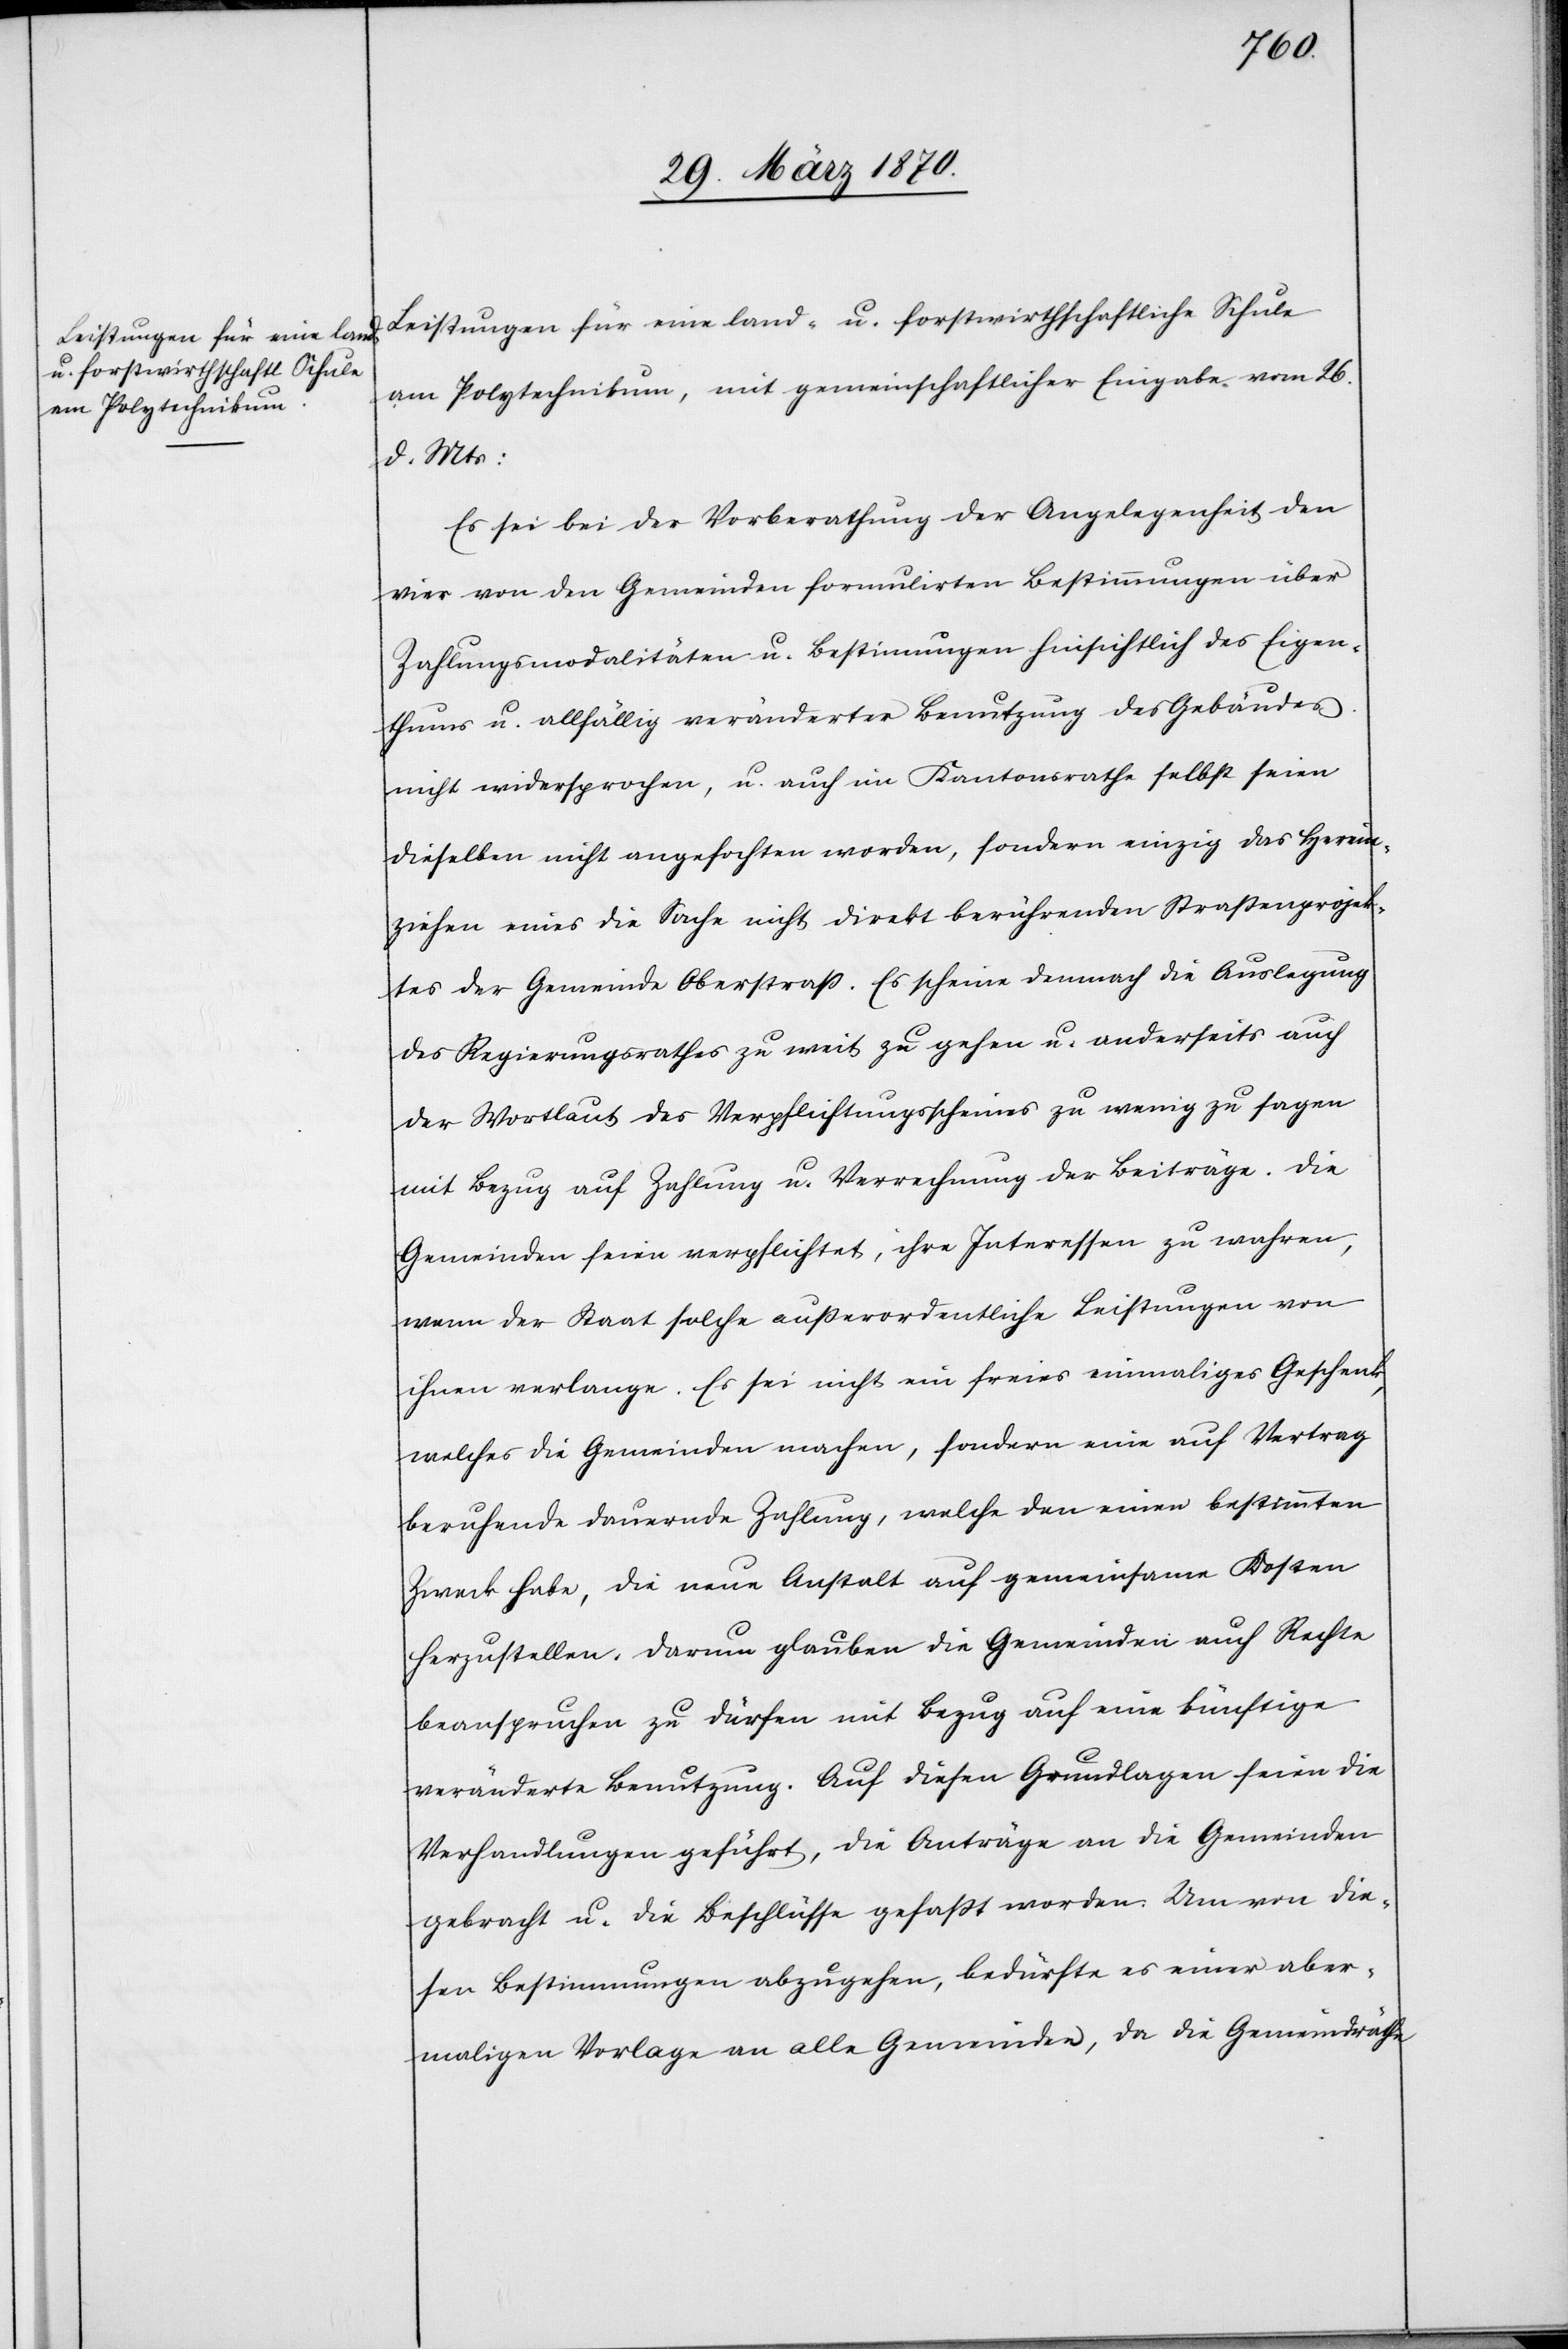
Leistungen für eine land- u. forstwirthschaftliche Schule
am Polytechnikum, mit gemeinschaftlicher Eingabe vom 26.
d. Mts:
Es sei bei der Vorberathung der Angelegenheit den
vier von den Gemeinden formulirten Bestimmungen über
Zahlungsmodalitäten u. Bestimmungen hinsichtlich des Eigen¬
thums u. allfällig veränderter Benutzung des Gebäudes
nicht widersprochen, u. auch im Kantonsrathe selbst seien
dieselben nicht angefochten worden, sondern einzig das Herein¬
ziehen eines die Sache nicht direkt berührenden Straßenprojek¬
tes der Gemeinde Oberstraß. Es scheine demnach die Auslegung
des Regierungsrathes zu weit zu gehen u. anderseits auch
der Wortlaut des Verpflichtungsscheines zu wenig zu sagen
mit Bezug auf Zahlung u. Verrechnung der Beiträge. Die
Gemeinden seien verpflichtet, ihre Interessen zu wahren,
wenn der Staat solche außerordentliche Leistungen von
ihnen verlange. Es sei nicht ein freies einmaliges Geschenk,
welches die Gemeinden machen, sondern eine auf Vertrag
beruhende dauernde Zahlung, welche den einen bestimmten
Zweck habe, die neue Anstalt auf gemeinsamen Kosten
herzustellen. Darum glauben die Gemeinden auch Rechte
beanspruchen zu dürfen mit Bezug auf eine künftige
veränderte Benutzung. Auf diesen Grundlagen seien die
Verhandlungen geführt, die Anträge an die Gemeinden
gebracht u. die Beschlüsse gefaßt worden. Um von die¬
sen Bestimmungen abzugehen, bedürfte es einer aber¬
maligen Vorlage an alle Gemeinden, da die Gemeindräthe